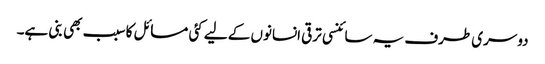
دوسری طرف یہ سائنسی ترقی انسانوں کے لیے کئی مسائل کا سبب بھی بنی ہے۔